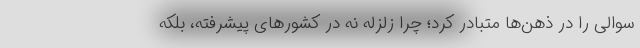
سوالی را در ذهن‌ها متبادر کرد؛ چرا زلزله نه در کشورهای پیشرفته، بلکه